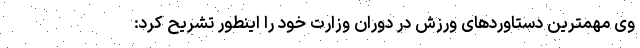
وی مهمترین دستاوردهای ورزش در دوران وزارت خود را اینطور تشریح کرد: